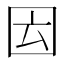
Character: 𡇁